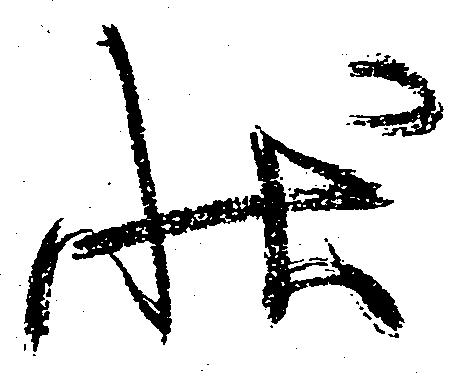
状